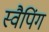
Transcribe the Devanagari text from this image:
स्वैपिंग